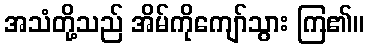
အသံတို့သည် အိမ်ကိုကျော်သွား ကြ၏။